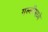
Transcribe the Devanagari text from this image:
गल्लीमध्ये